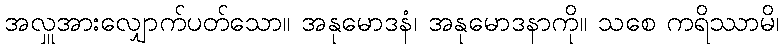
အလှူအားလျှောက်ပတ်သော။ အနုမောဒနံ၊ အနုမောဒနာကို။ သစေ ကရိဿာမိ၊